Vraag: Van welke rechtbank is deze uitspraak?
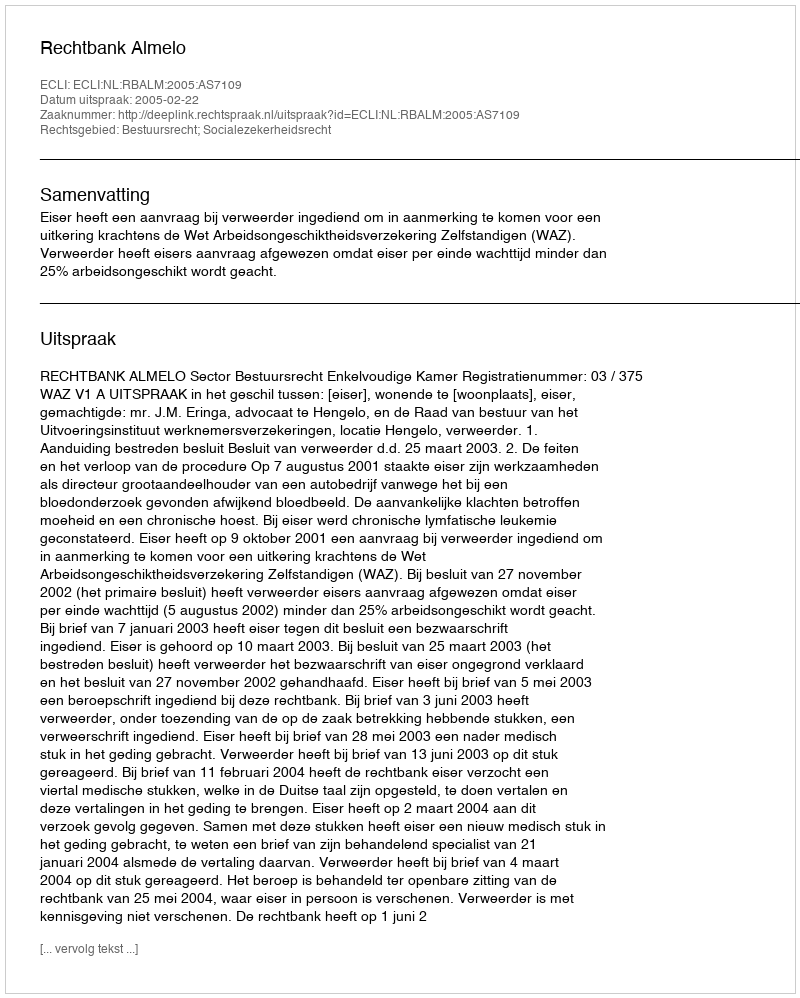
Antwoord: Rechtbank Almelo